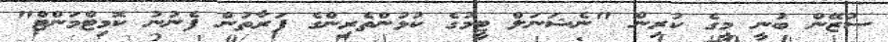
ސުޒޭން ބުނީ މީގެ ކުރިން "ނެޝަނަލް ޓީމުގެ ކުޅުންތެރިންގެ ފަރާތުން ފެނުނު ކޮމިޓްމަންޓް"